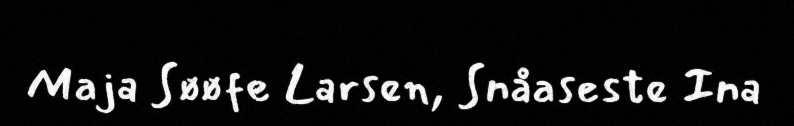
Maja Søøfe Larsen, Snåaseste Ina